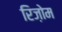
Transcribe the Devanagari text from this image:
रिज़ोम